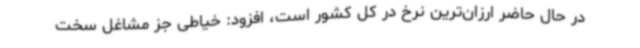
در حال حاضر ارزان‌ترین نرخ در کل کشور است، افزود: خیاطی جز مشاغل سخت